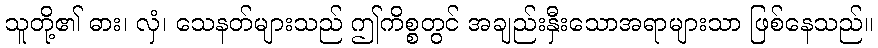
သူတို့၏ ဓား၊ လှံ၊ သေနတ်များသည် ဤကိစ္စတွင် အချည်းနှီးသောအရာများသာ ဖြစ်နေသည်။